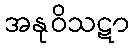
အနုဝိသဋာ